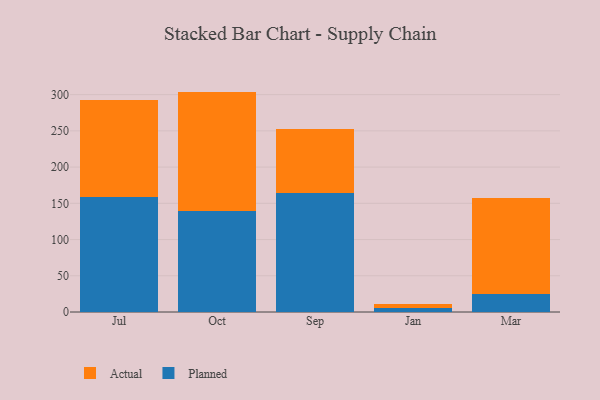
{"axis": {"x": "Month", "y": "Satisfaction Score"}, "legend": ["Actual", "Planned"], "data": [{"x": "Jul", "y": 159.0, "type": "Planned"}, {"x": "Jul", "y": 133.0, "type": "Actual"}, {"x": "Oct", "y": 139.6, "type": "Planned"}, {"x": "Oct", "y": 164.6, "type": "Actual"}, {"x": "Sep", "y": 164.3, "type": "Planned"}, {"x": "Sep", "y": 88.3, "type": "Actual"}, {"x": "Jan", "y": 5.2, "type": "Planned"}, {"x": "Jan", "y": 5.3, "type": "Actual"}, {"x": "Mar", "y": 24.2, "type": "Planned"}, {"x": "Mar", "y": 132.7, "type": "Actual"}]}